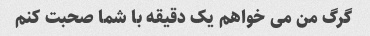
گرگ من می خواهم یک دقیقه با شما صحبت کنم